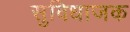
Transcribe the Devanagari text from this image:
सुविधाजक